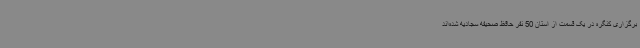
برگزاری کنگره در یک قسمت از استان 50 نفر حافظ صحیفه سجادیه شده‌اند